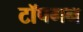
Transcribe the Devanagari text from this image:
टॉपगन